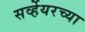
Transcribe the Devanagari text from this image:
सर्व्हेयरच्या